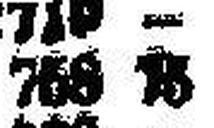
758 75